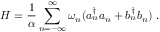
H = \frac { 1 } { \alpha } \sum _ { n = - \infty } ^ { \infty } { \omega _ { n } } ( a _ { n } ^ { \dagger } a _ { n } + b _ { n } ^ { \dagger } b _ { n } ) ~ .